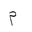
Letter: _mim